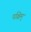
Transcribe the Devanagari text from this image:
पश्चिम्